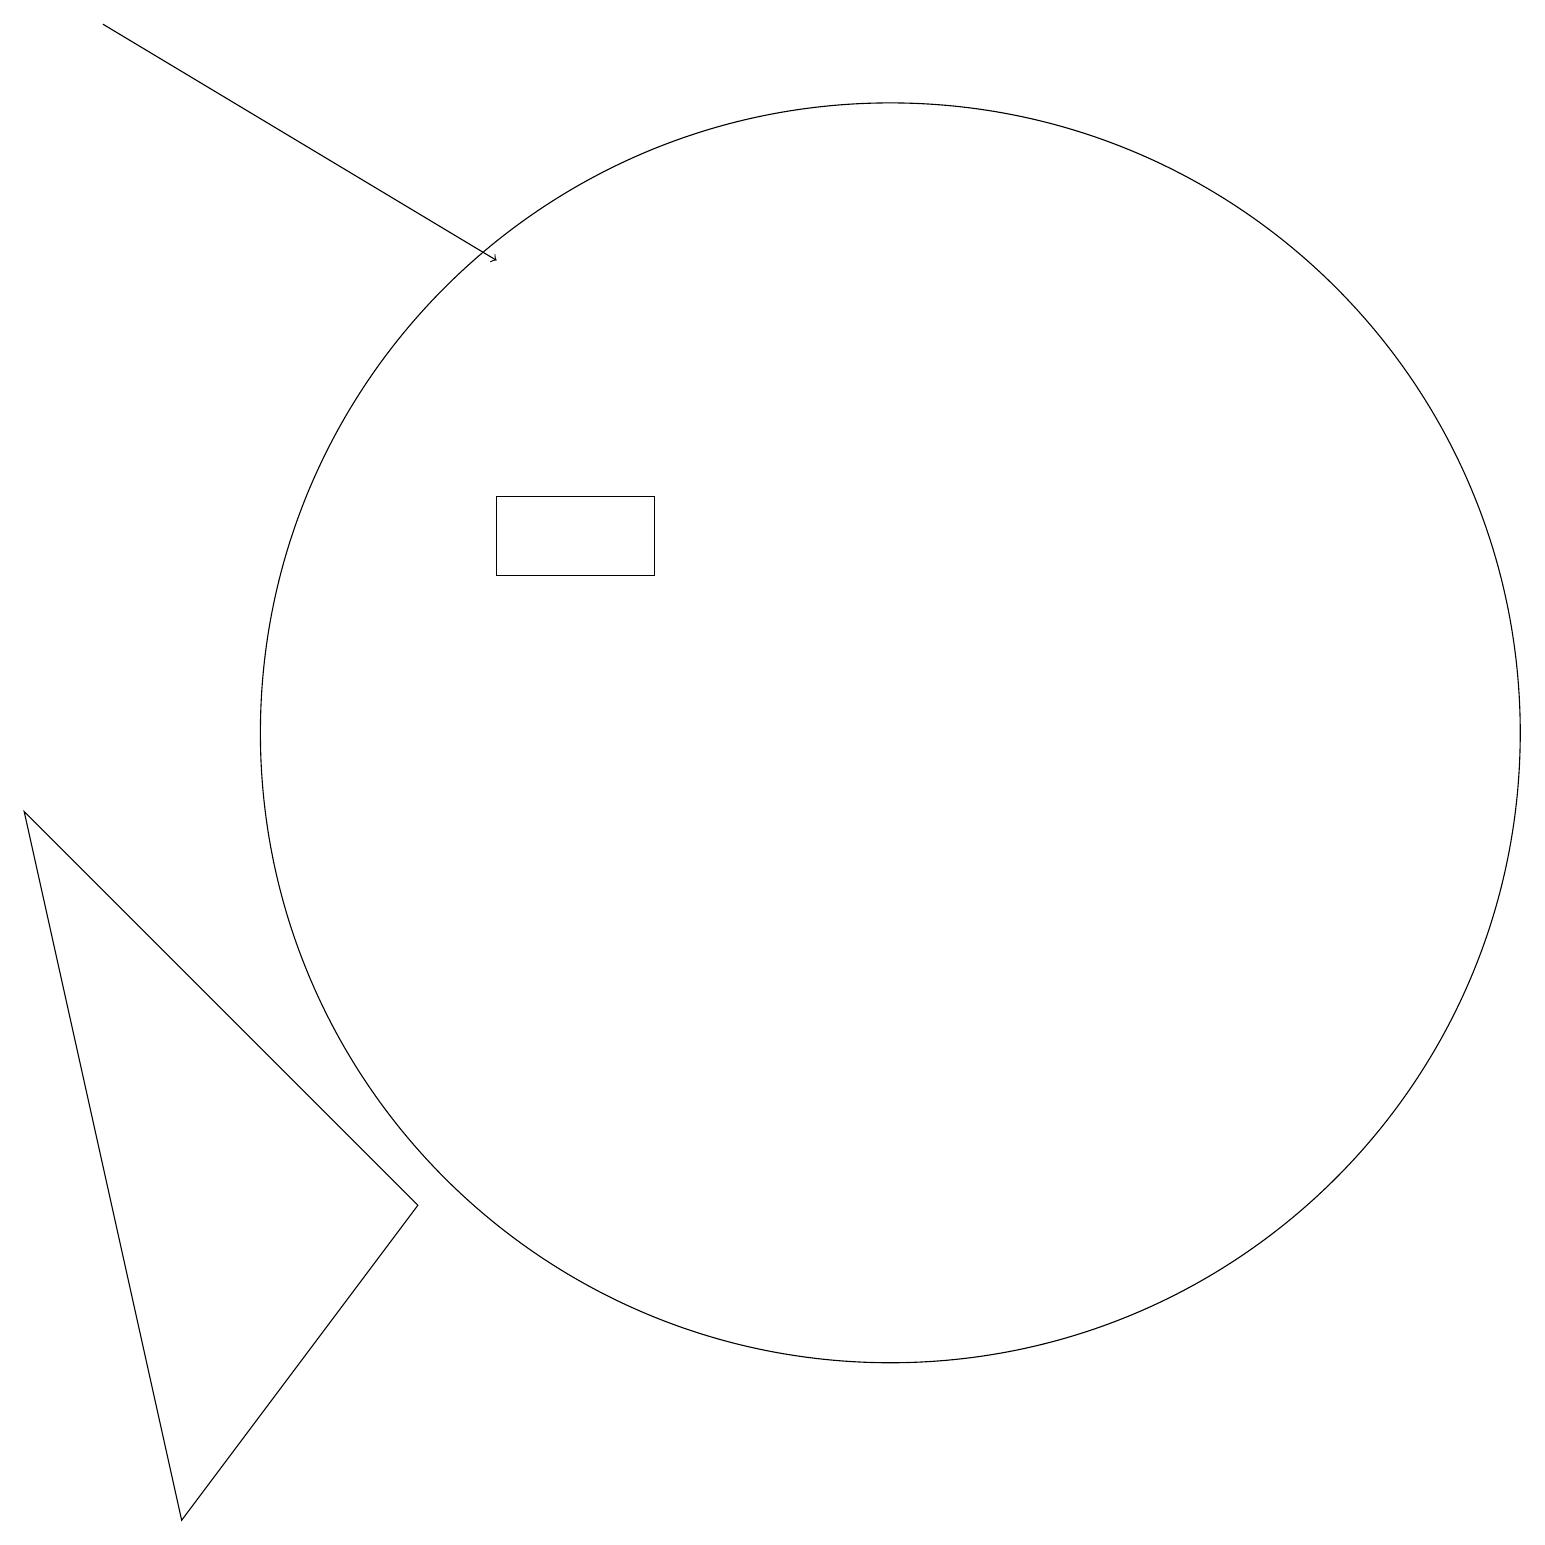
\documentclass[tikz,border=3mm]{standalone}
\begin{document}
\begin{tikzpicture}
\draw[->] (1,19) -- (6,16);
\draw (0,9) -- (2,0) -- (5,4) -- cycle;
\draw (11,10) circle (8);
\draw (6,12) rectangle (8,13);
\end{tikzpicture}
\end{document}